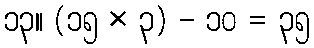
၁၃။ (၁၅ × ၃) - ၁၀ = ၃၅